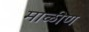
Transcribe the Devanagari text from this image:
माळीण